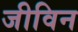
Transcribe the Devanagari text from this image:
जीविन